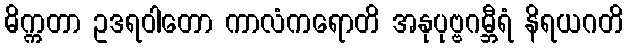
ဓိက္ကတာ ဥဒရဝါတော ကာလံကရောတိ အနုပုဗ္ဗဂမ္ဘီရံ နိရယဂတိ